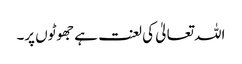
اللہ تعالیٰ کی لعنت ہے جھوٹوں پر۔